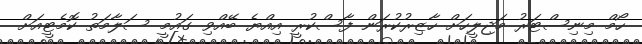
ހޯމް މިނިސްޓަރު މަޖިލީހަށް ހާޒިރުކުރަން ފާސްކުރީ އިއްޔެ ބޭއްވި ގައުމީ ސަލާމަތު ކޮމެޓީއަށް